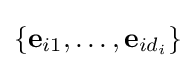
\{{\textbf {e}}_{i1},\ldots ,{\textbf {e}}_{id_{i}}\}